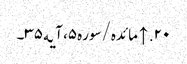
۲۰. ↑ مائده/سوره۵، آیه۳۵۔